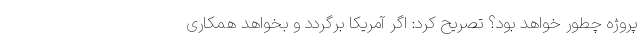
پروژه چطور خواهد بود؟ تصریح کرد: اگر آمریکا برگردد و بخواهد همکاری